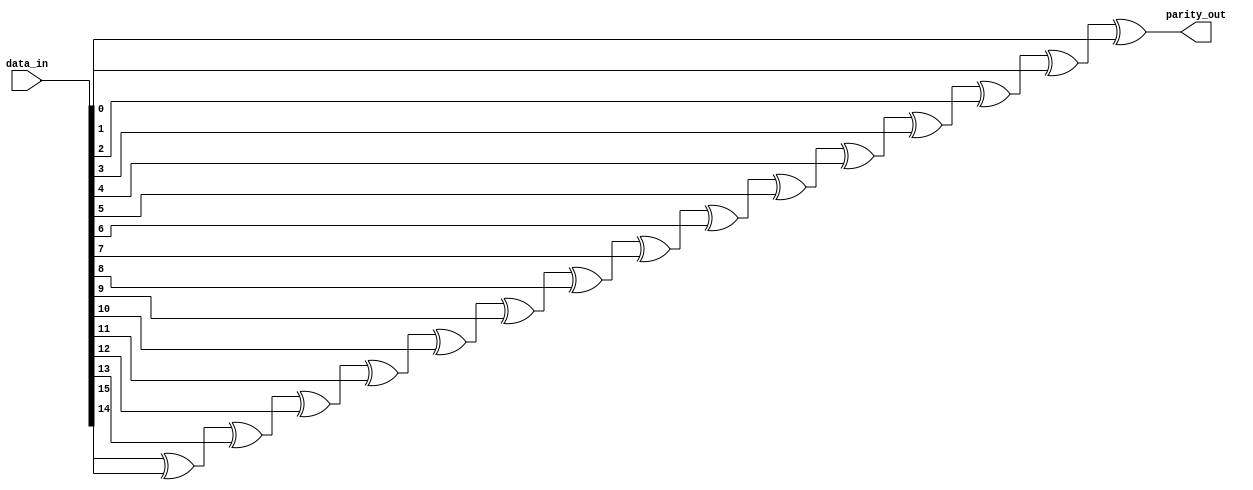
// This program was cloned from: https://github.com/NYU-MLDA/OpenABC
// License: BSD 3-Clause "New" or "Revised" License

module rveven_paritygen_WIDTH16
(
  data_in,
  parity_out
);

  input [15:0] data_in;
  output parity_out;
  wire parity_out,N0,N1,N2,N3,N4,N5,N6,N7,N8,N9,N10,N11,N12,N13;
  assign parity_out = N13 ^ data_in[0];
  assign N13 = N12 ^ data_in[1];
  assign N12 = N11 ^ data_in[2];
  assign N11 = N10 ^ data_in[3];
  assign N10 = N9 ^ data_in[4];
  assign N9 = N8 ^ data_in[5];
  assign N8 = N7 ^ data_in[6];
  assign N7 = N6 ^ data_in[7];
  assign N6 = N5 ^ data_in[8];
  assign N5 = N4 ^ data_in[9];
  assign N4 = N3 ^ data_in[10];
  assign N3 = N2 ^ data_in[11];
  assign N2 = N1 ^ data_in[12];
  assign N1 = N0 ^ data_in[13];
  assign N0 = data_in[15] ^ data_in[14];

endmodule